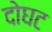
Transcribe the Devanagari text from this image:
दोघट